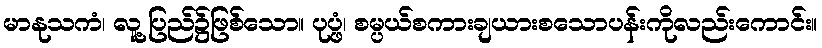
မာနုသကံ၊ လူ့ပြည်၌ဖြစ်သော။ ပုပ္ဖံ၊ စမ္ပယ်စကားချယားစသောပန်းကိုလည်းကောင်း။